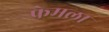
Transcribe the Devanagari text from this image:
फ्रेमला